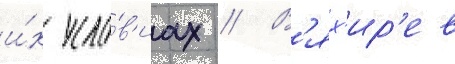
и́х усло́в'иах // В'ях'ир'ев